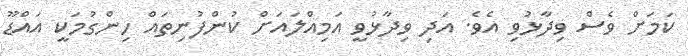
ކަމަށް ވެސް ވިދާޅުވި އެވެ. އަދި ވިދާޅުވީ އަމިއްލައަށް ކުންފުނިތައް ހިންގުމަކީ އައްޑޫ